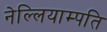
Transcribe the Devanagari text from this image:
नेल्लियाम्पति